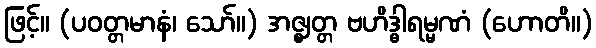
ဖြင့်။ (ပဝတ္တမာနံ၊ သော်။) အဇ္ဈတ္တ ဗဟိဒ္ဓါရမ္မဏံ (ဟောတိ။)